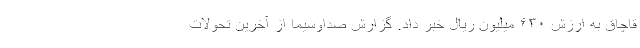
قاچاق به ارزش ۶۳۰ میلیون ریال خبر داد. گزارش صداوسیما از آخرین تحولات